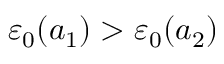
\varepsilon _ { 0 } ( a _ { 1 } ) > \varepsilon _ { 0 } ( a _ { 2 } )